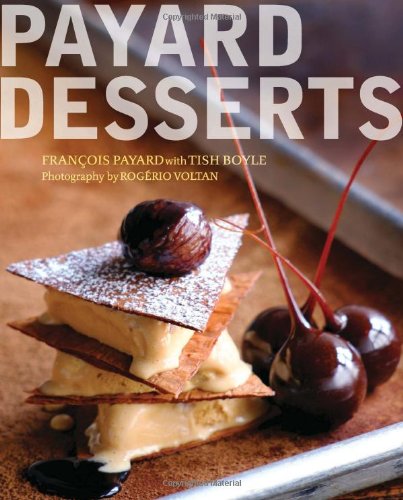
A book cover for Payard Desserts; Francois Payard; Cookbooks, Food & Wine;